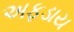
અફડાય